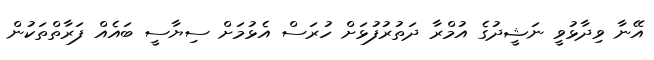
އޭނާ ވިދާޅުވީ ނަޝީދުގެ އުމްރާ ދަތުރުފުޅަށް ހުރަސް އެޅުމަށް ސިޔާސީ ބައެއް ފަރާތްތަކުން